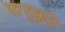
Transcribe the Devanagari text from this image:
चात्तुक्कुट्टि